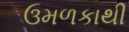
ઉમળકાથી